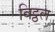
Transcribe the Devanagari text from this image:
विट्ठल